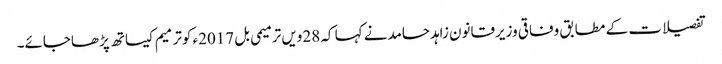
تفصیلات کے مطابق وفاقی وزیرقانون زاہدحامدنے کہا کہ 28ویں ترمیمی بل 2017ء کوترمیم کیساتھ پڑھاجائے۔